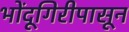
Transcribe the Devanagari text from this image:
भोंदूगिरीपासून